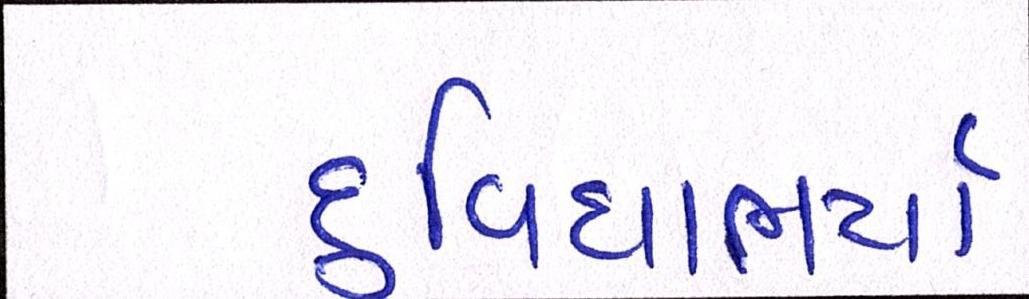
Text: દુવિધાભર્યા